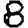
Digit: 8